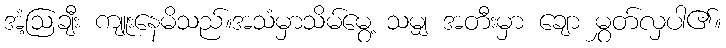
အံ့ဩချီး ကျူးနေမိသည်။အသံမှာသိမ်မွေ့ သမျှ အတီးမှာ ချော မွှတ်လှပါ၏။